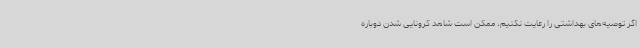
اگر توصیه‌های بهداشتی را رعایت نکنیم، ممکن است شاهد کرونایی شدن دوباره